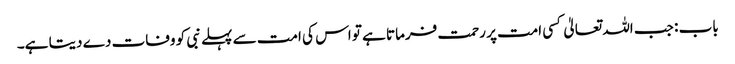
باب : جب اللہ تعالیٰ کسی امت پر رحمت فرماتا ہے تو اس کی امت سے پہلے نبی کو وفات دے دیتا ہے۔